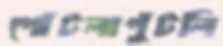
পোঁটলাপুঁটলি